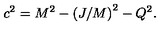
c ^ { 2 } = M ^ { 2 } - \left( J / M \right) ^ { 2 } - Q ^ { 2 } .